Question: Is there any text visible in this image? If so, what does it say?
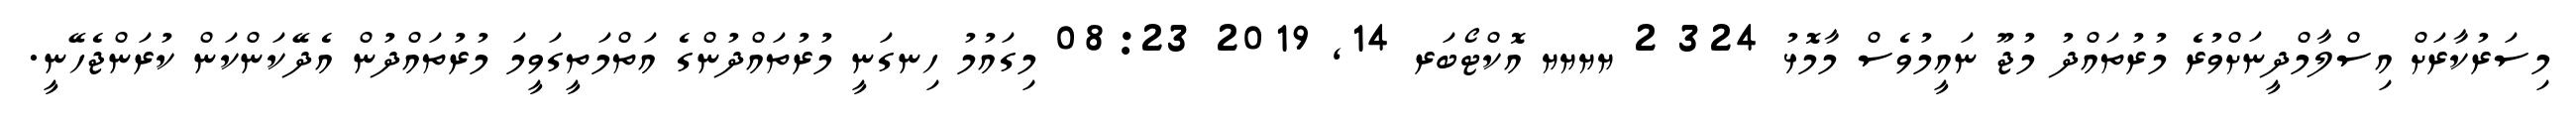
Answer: މިސަރުކާރަށް އިސްލާމްދީނަށްވުރެ މުރުތައްދު މުޖޫ ނައީމުވެސް މާމޮޅު 324 2 ޔޔޔޔ އޮކްޓޯބަރ 14, 2019 08:23 މިގައުމު ހިނގަނީ މުރުތައްދުންގެ އަތްމަތީގަވީމަ މުރުތައްދުން އެދޭކަންކަން ކުރަންޖެހޭނީ.